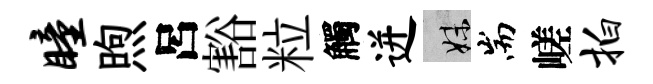
瞳煦呂豁粒觸迸妹耑嵯拍